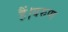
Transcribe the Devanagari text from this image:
हैं।वरुण